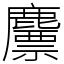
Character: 䴩